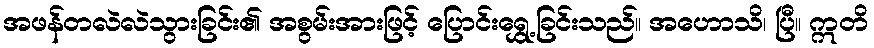
အဖန်တလဲလဲသွားခြင်း၏ အစွမ်းအားဖြင့် ပြောင်းရွှေ့ခြင်းသည်။ အဟောသိ၊ ပြီ။ ဣတိ